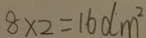
8 \times 2 = 1 6 d m ^ { 2 }